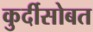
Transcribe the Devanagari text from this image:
कुर्दीसोबत